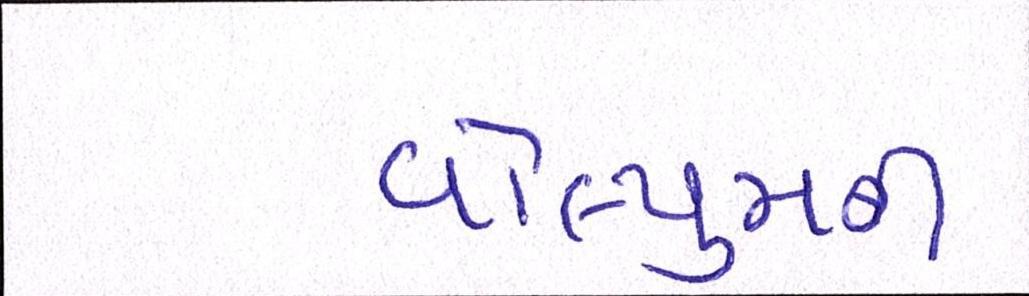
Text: વોલ્યુમની